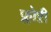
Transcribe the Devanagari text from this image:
फ्लोऱी